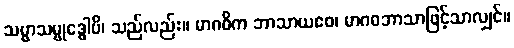
သမ္မာသမ္ဗုဒ္ဓေါပိ၊ သည်လည်း။ မာဂဓိက ဘာသာယဧဝ၊ မာဂဓဘာသာဖြင့်သာလျှင်။